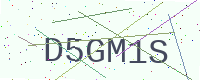
Text: D5GM1S